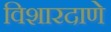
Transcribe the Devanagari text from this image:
विशारदाणे